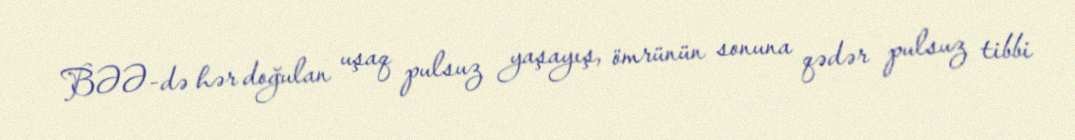
BƏƏ-də hər doğulan uşaq pulsuz yaşayış, ömrünün sonuna qədər pulsuz tibbi